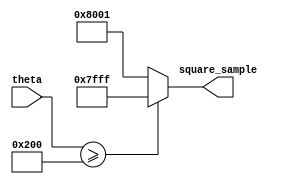
module square_wave(
	//input wire clk,

	input wire [9:0] theta,
	output reg signed [15:0] square_sample
	);

	always @(theta) begin
		if (theta >= 10'd512)
			square_sample <= 16'sd32767;
		else
			square_sample <= -16'sd32767;
	end

endmodule